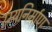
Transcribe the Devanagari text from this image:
रम्यनिर्माण